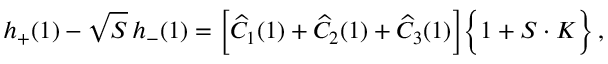
h _ { + } ( 1 ) - \sqrt { S } \, h _ { - } ( 1 ) = \Big [ \widehat { C } _ { 1 } ( 1 ) + \widehat { C } _ { 2 } ( 1 ) + \widehat { C } _ { 3 } ( 1 ) \Big ] \Big \{ 1 + S \cdot K \Big \} \, ,